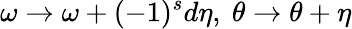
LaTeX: \omega\rightarrow\omega+(-1)^{s}d\eta,\ \theta\rightarrow\theta+\eta